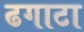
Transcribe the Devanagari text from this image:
ढगाटा